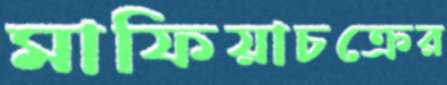
মাফিয়াচক্রের